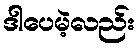
ဒါပေမဲ့လည်း